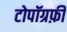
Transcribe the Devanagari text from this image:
टोपॉग्रफ़ी